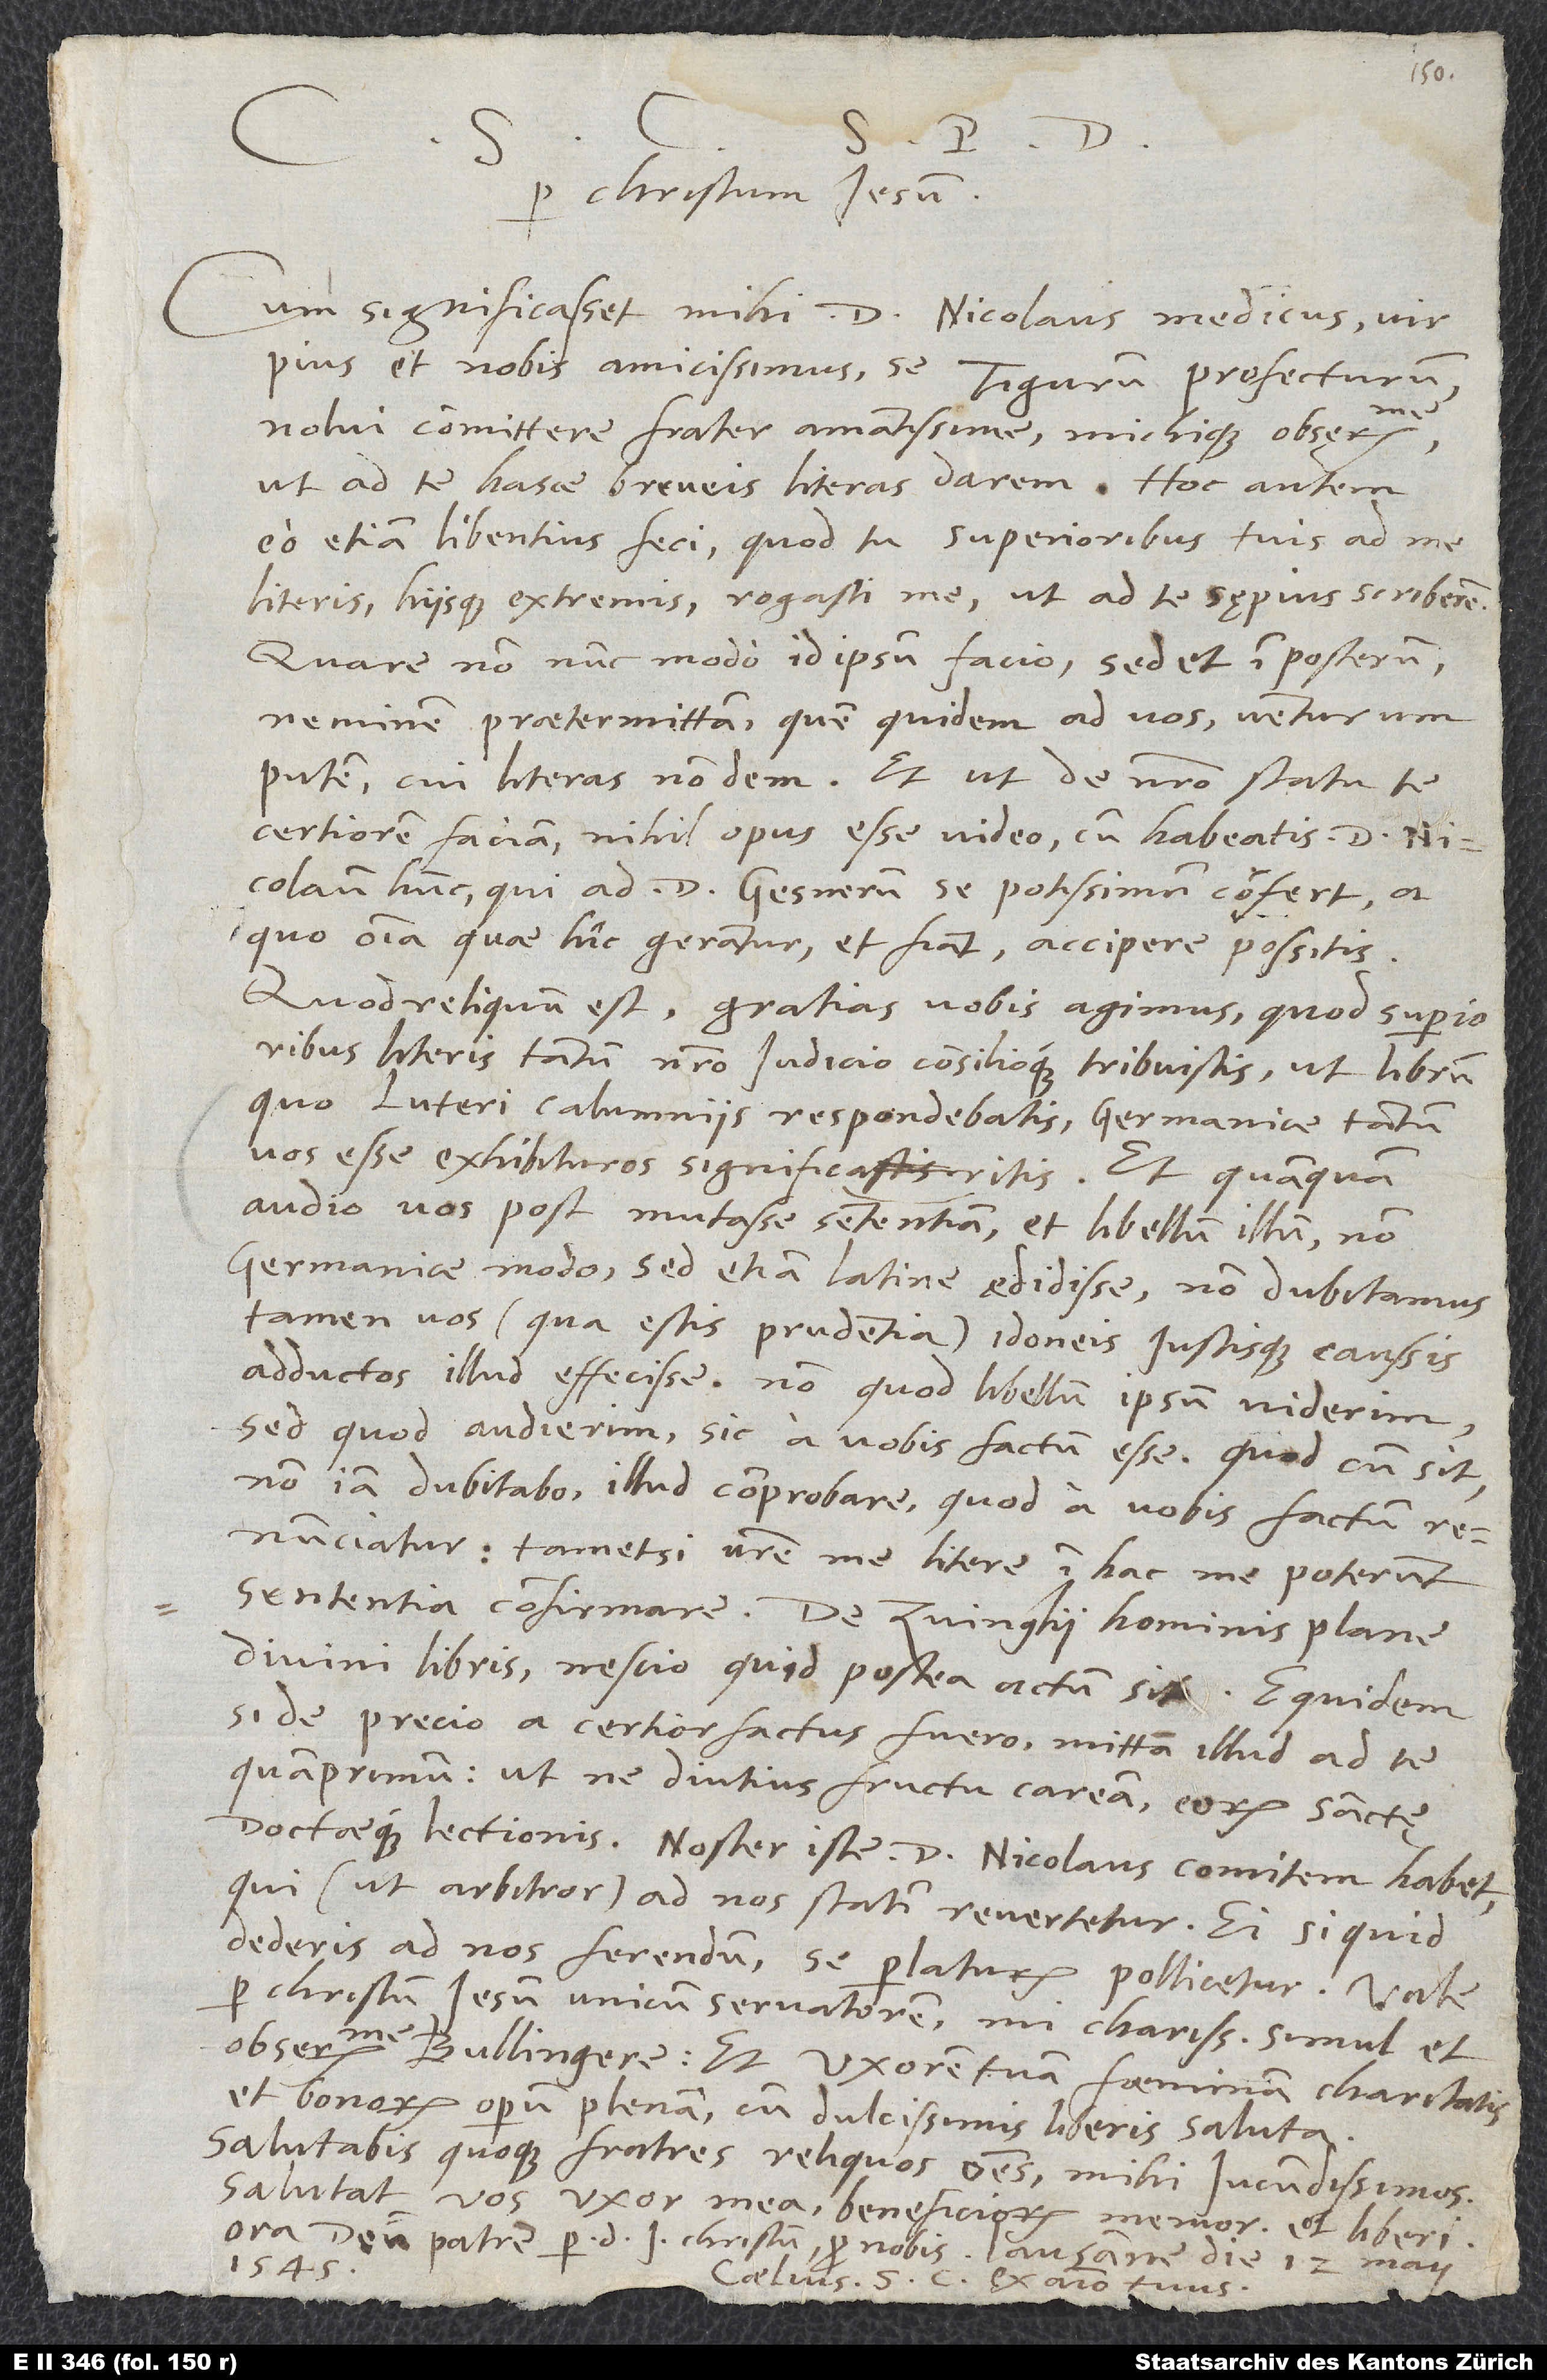
Cum significasset mihi d. Nicolaus medicus, vir
pius et nobis amicissimus, se Tigurum profecturum,
nolui committere, frater amantissime michique observandissime,
ut ad te hasce breveis literas darem. Hoc autem
eo etiam libentius feci, quod tu superioribus tuis ad me
literis hiisque extremis rogasti me, ut ad te sępius scriberem.
Quare non nunc modo id ipsum facio, sed et in posterum
neminem praetermittam - quem quidem ad vos venturum
putem -, cui literas non dem. Et, ut de nostro statu te
certiorem faciam, nihil opus esse video, cum habeatis d.
Nicolaum hunc, qui ad d. Gesnerum se potissimum confert, a
quo omnia, quae hic gerantur et fiant, accipere possitis.
Quod reliquum est, gratias vobis agimus, quod superioribus
literis tantum nostro iudicio consilioque tribuistis, ut librum,
quo Luteri calumniis respondebatis, Germanice tantum
vos esse exhibituros significaritis. Et, quamquam
audio vos post mutasse sententiam et libellum illum non
Germanice modo, sed etiam Latine aedidisse, non dubitamus
tamen vos (qua estis prudentia) idoneis iustisque caussis
adductos illud effecisse; non quod libellum ipsum viderim,
sed quod audierim sic a vobis factum esse. Quod cum sit,
non iam dubitabo illud comprobare, quod a vobis factum
renunciatur, tametsi vestre me litere in hac me poterunt
sententia confirmare. De Zvinglii, hominis plane
divini, libris nescio, quid postea actum sit. Equidem
si de precio a te certior factus fuero, mittam illud ad te
quamprimum, ut ne diutius fructu caream eorum sanctę
doctaeque lectionis. Noster iste d. Nicolaus comitem habet,
qui (ut arbitror) ad nos statim revertetur; ei si quid
dederis ad nos ferendum, se perlaturum pollicetur. Vale
observandissime Bullingere, et uxorem tuam, foeminam charitatis
et bonorum operum plenam, cum dulcissimis liberis saluta.
Salutabis quoque fratres reliquos omnes, mihi iucundissimos.
Salutat vos uxor mea, beneficiorum memor, et liberi.
Ora deum patrem per dominum Iesum Christum pro nobis. Lausanne, die 12. maii
1545.
Caelius S. C., ex animo tuus.